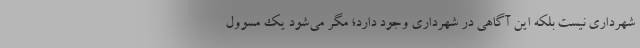
شهرداری نیست بلکه این آگاهی در شهرداری وجود دارد؛ مگر می‌شود یک مسوول